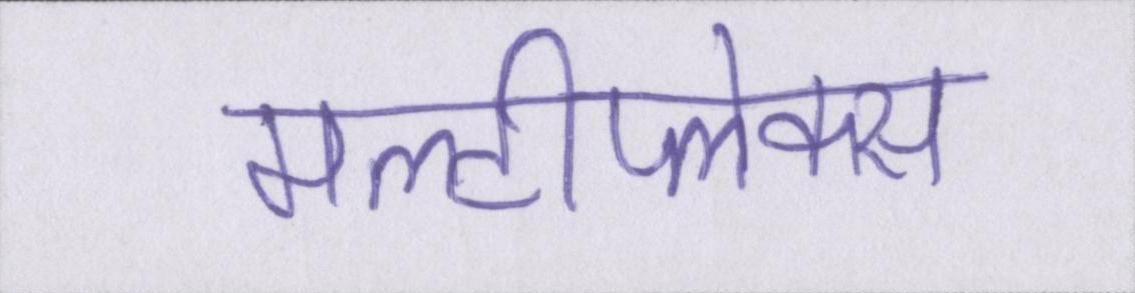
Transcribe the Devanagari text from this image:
मल्टीप्लेक्स